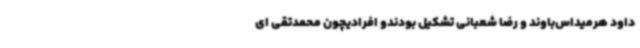
داود هرمیداس‌باوند و رضا شعبانی تشکیل بودندو افرادیچون محمدتقی ای